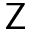
\textsf { Z }